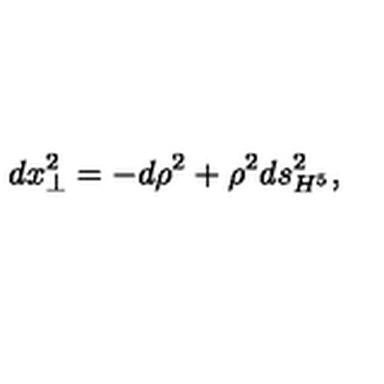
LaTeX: d x _ { \perp } ^ { 2 } = - d \rho ^ { 2 } + \rho ^ { 2 } d s _ { H ^ { 5 } } ^ { 2 } ,